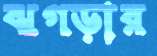
ঝগড়ার